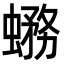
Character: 𧐙